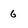
Character: 6